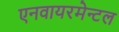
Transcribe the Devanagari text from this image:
एनवायरमेन्टल